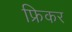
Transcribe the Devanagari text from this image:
फ्रिकर